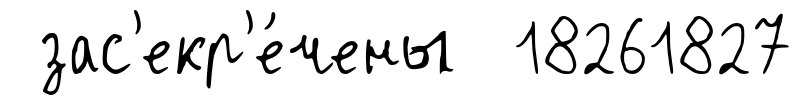
зас'екр'е́чены 18261827